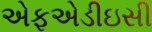
એફએડીઇસી